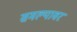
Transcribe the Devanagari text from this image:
समल्यावर